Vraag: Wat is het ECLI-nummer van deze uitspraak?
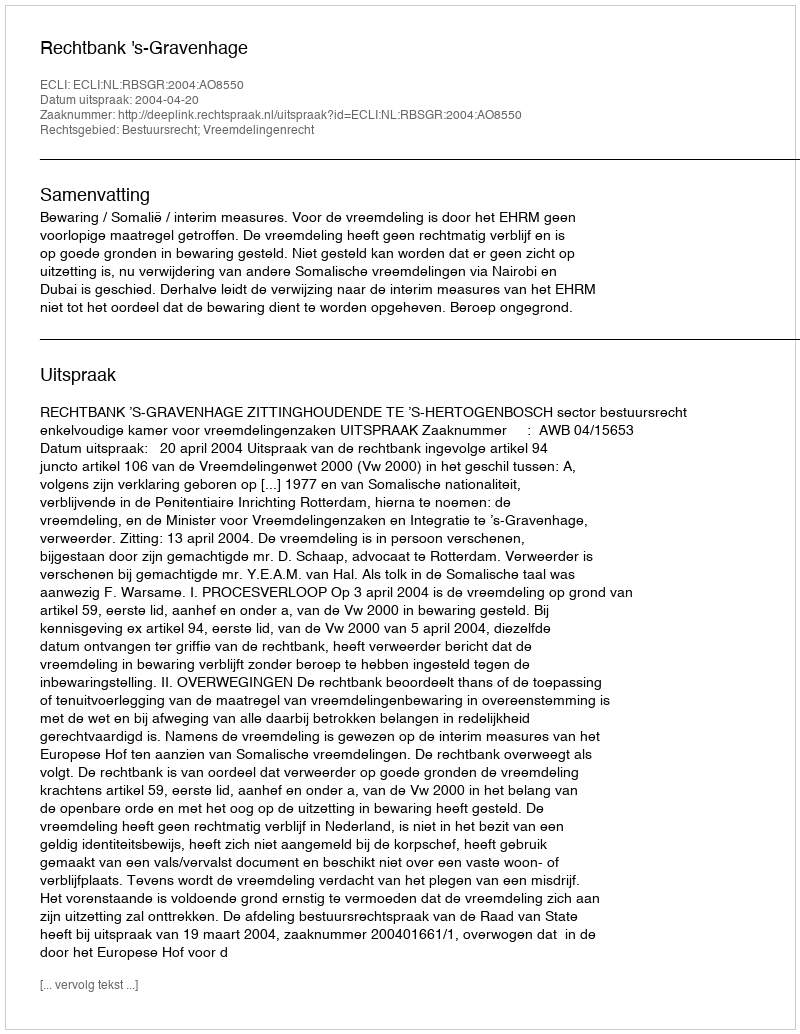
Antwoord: ECLI:NL:RBSGR:2004:AO8550